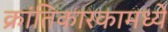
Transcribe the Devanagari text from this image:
क्रांतिकारकामध्ये